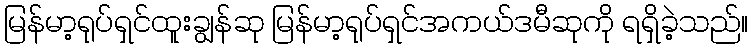
မြန်မာ့ရုပ်ရှင်ထူးချွန်ဆု မြန်မာ့ရုပ်ရှင်အကယ်ဒမီဆုကို ရရှိခဲ့သည်။